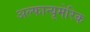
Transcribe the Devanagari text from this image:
अल्फान्यूमेरिक